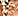
فتاه